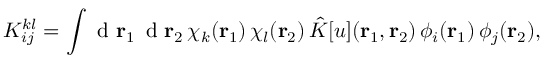
{ K } _ { i j } ^ { k l } = \int \mathrm { ~ d ~ } { \mathbf { r } _ { 1 } } \, \mathrm { ~ d ~ } { \mathbf { r } _ { 2 } } \, \chi _ { k } ( { \mathbf { r } _ { 1 } } ) \, \chi _ { l } ( { \mathbf { r } _ { 2 } } ) \, \hat { K } [ u ] ( { \mathbf { r } _ { 1 } } , { \mathbf { r } _ { 2 } } ) \, \phi _ { i } ( { \mathbf { r } _ { 1 } } ) \, \phi _ { j } ( { \mathbf { r } _ { 2 } } ) ,